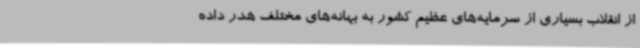
از انقلاب بسیاری از سرمایه‌های عظیم کشور به بهانه‌های مختلف هدر داده